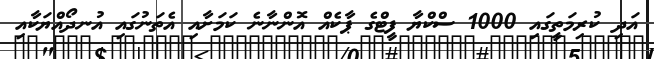
އަދި ކުރިމަތީގައި 1000 ސްކްޔާ ފީޓްގެ ޕާކެއް އޮންނާނެ ކަމަށާއި އެތަނުގައި އުނދޯއްޔަކާއި